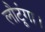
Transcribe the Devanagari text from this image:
लौटूंगा।